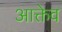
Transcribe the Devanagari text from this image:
आक्तेव